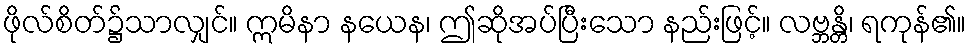
ဖိုလ်စိတ်၌သာလျှင်။ ဣမိနာ နယေန၊ ဤဆိုအပ်ပြီးသော နည်းဖြင့်။ လဗ္ဘန္တိ၊ ရကုန်၏။